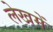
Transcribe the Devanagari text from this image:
लेखमें